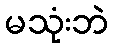
မသုံးဘဲ